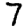
Digit: 7